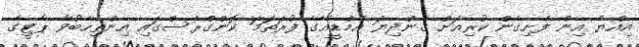
އިއްޔެ އިން ފެށިގެން ކުރިއަށް ގެންދިޔަ އެމްޑީއޭގެ ފުރަތަމަ ކޮންގްރެސްގައި އިންތިހާބުވާ ޕާޓީގެ